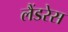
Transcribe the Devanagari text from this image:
लैंडरेस